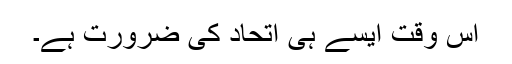
اس وقت ایسے ہی اتحاد کی ضرورت ہے۔